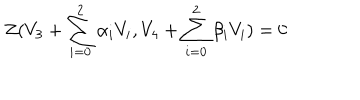
LaTeX: Z ( V _ { 3 } + \sum _ { i = 0 } ^ { 2 } \alpha _ { i } V _ { i } , V _ { 4 } + \sum _ { i = 0 } ^ { 2 } \beta _ { i } V _ { i } ) = 0